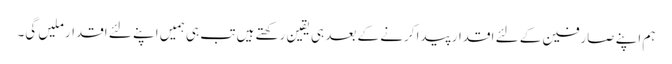
ہم اپنے صارفین کے لئے اقدار پیدا کرنے کے بعد ہی یقین رکھتے ہیں تب ہی ہمیں اپنے لئے اقدار ملیں گی۔